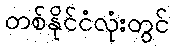
တစ်နိုင်ငံလုံးတွင်